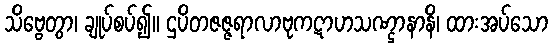
သိဗ္ဗေတွာ၊ ချုပ်စပ်၍။ ဌပိတဇဇ္ဇရာလာဗုကဋာဟသဏ္ဌာနာနိ၊ ထားအပ်သော